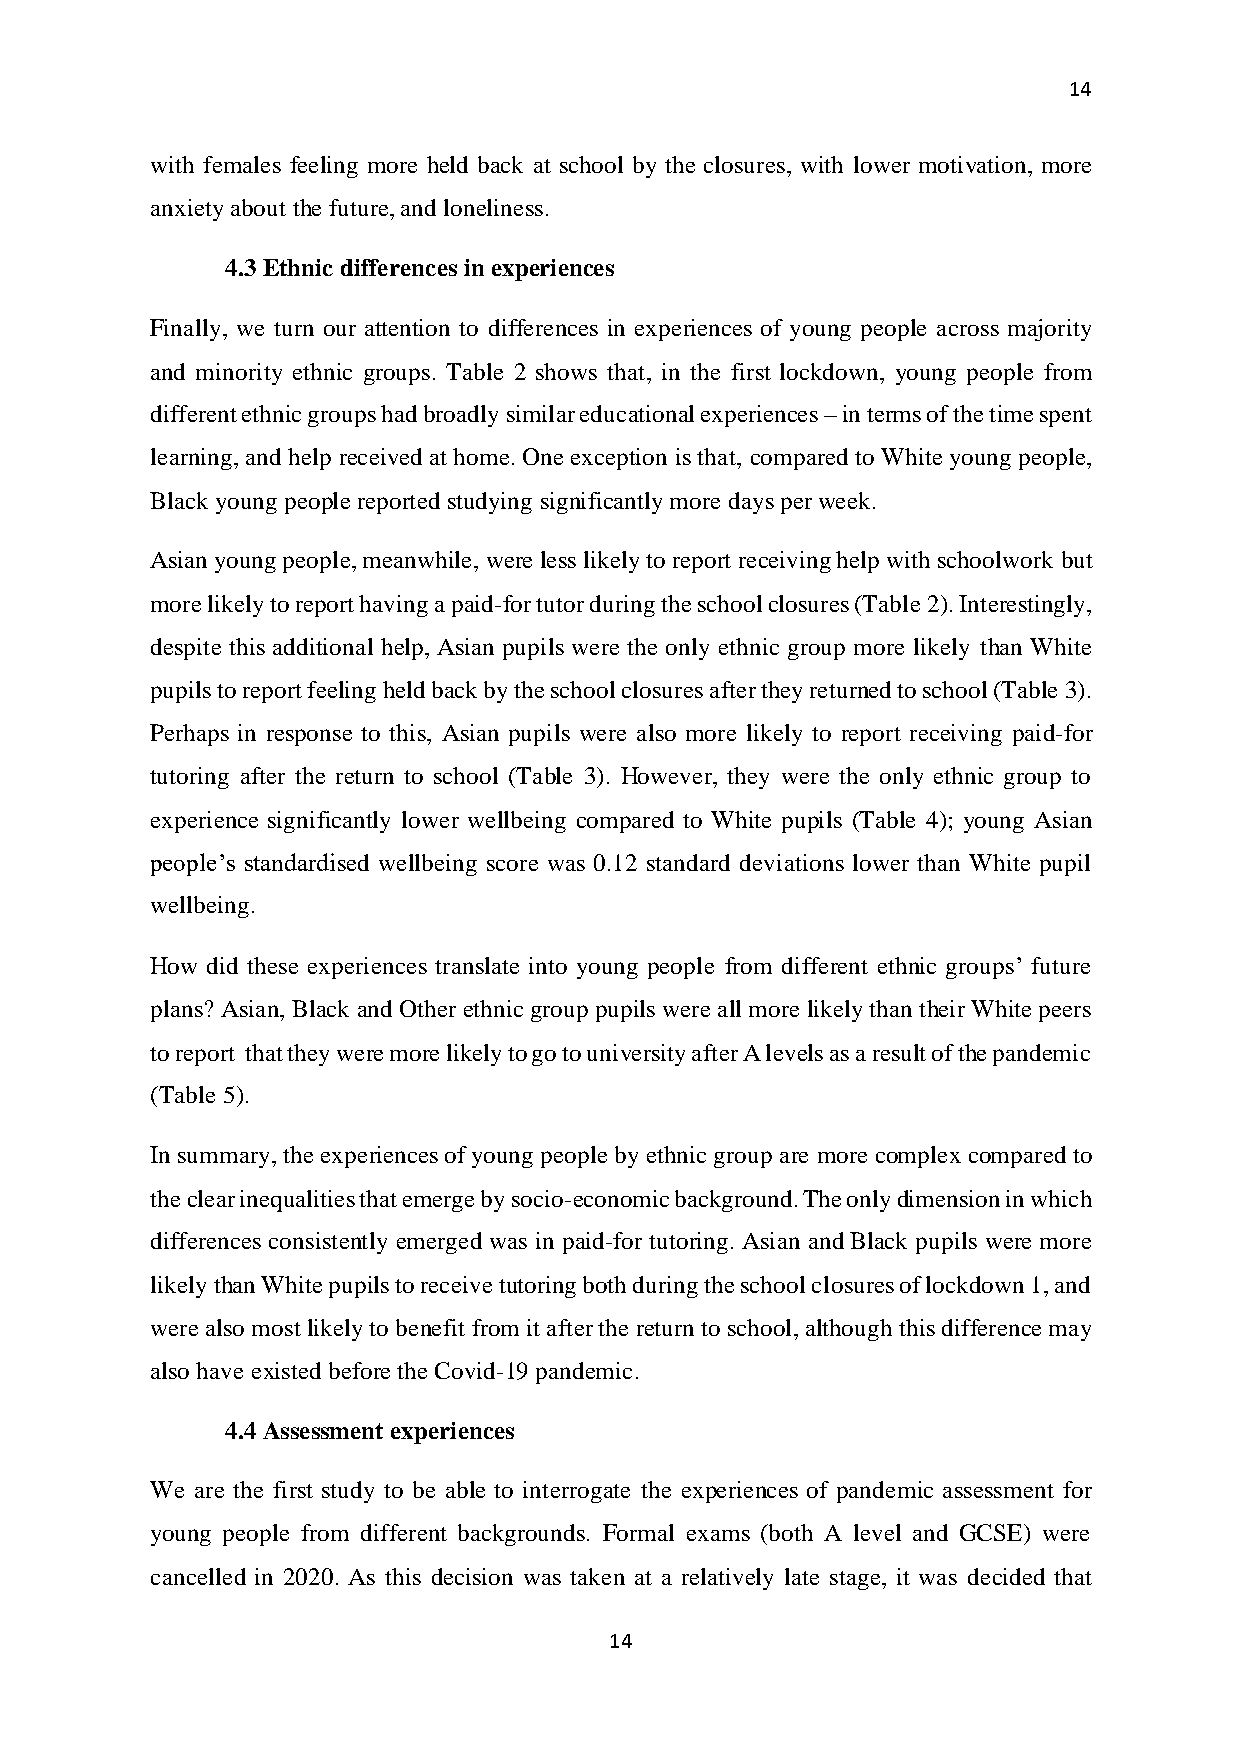
14
 with females feeling more held back at school by the closures, with lower motivation, more
 anxiety about the future, and loneliness.
 4.3 Ethnic differences in experiences
 Finally, we turn our attention to differences in experiences of young people across majority
 and minority ethnic groups. Table 2 shows that, in the first lockdown, young people from
 different ethnic groups had broadly similar educational experiences – in terms of the time spent
 learning, and help received at home. One exception is that, compared to White young people,
 Black young people reported studying significantly more days per week.
 Asian young people, meanwhile, were less likely to report receiving help with schoolwork but
 more likely to report having a paid-for tutor during the school closures (Table 2). Interestingly,
 despite this additional help, Asian pupils were the only ethnic group more likely than White
 pupils to report feeling held back by the school closures after they returned to school (Table 3).
 Perhaps in response to this, Asian pupils were also more likely to report receiving paid-for
 tutoring after the return to school (Table 3). However, they were the only ethnic group to
 experience significantly lower wellbeing compared to White pupils (Table 4); young Asian
 people’s standardised wellbeing score was 0.12 standard deviations lower than White pupil
 wellbeing.
 How did these experiences translate into young people from different ethnic groups’ future
 plans? Asian, Black and Other ethnic group pupils were all more likely than their White peers
 to report that they were more likely to go to university after A levels as a result of the pandemic
 (Table 5).
 In summary, the experiences of young people by ethnic group are more complex compared to
 the clear inequalities that emerge by socio-economic background. The only dimension in which
 differences consistently emerged was in paid-for tutoring. Asian and Black pupils were more
 likely than White pupils to receive tutoring both during the school closures of lockdown 1, and
 were also most likely to benefit from it after the return to school, although this difference may
 also have existed before the Covid-19 pandemic.
 4.4 Assessment experiences
 We are the first study to be able to interrogate the experiences of pandemic assessment for
 young people from different backgrounds. Formal exams (both A level and GCSE) were
 cancelled in 2020. As this decision was taken at a relatively late stage, it was decided that
 14